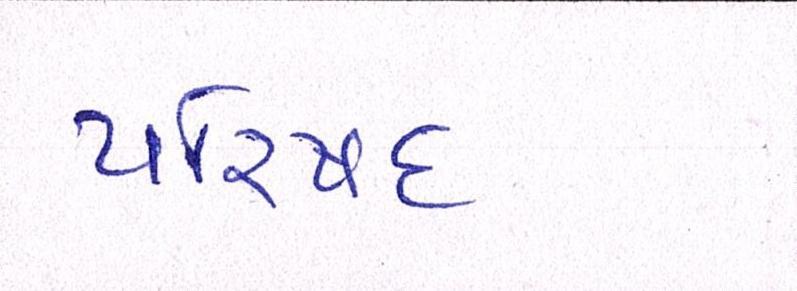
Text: પરિષદ